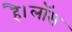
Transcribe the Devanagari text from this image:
है।लॉस